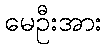
မေဦးအား